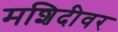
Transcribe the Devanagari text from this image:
मशिदीवर